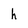
Character: h